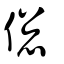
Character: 傯